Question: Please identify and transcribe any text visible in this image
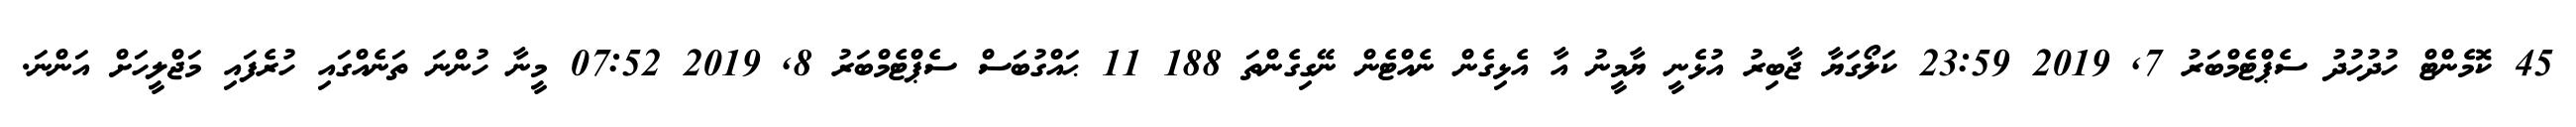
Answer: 45 ކޮމެންޓް ހުދުހުދު ސެޕްޓެމްބަރު 7, 2019 23:59 ކަލޯގަޔާ ޖާބިރު އުޅެނީ ޔާމީނު އާ އެޅިގެން ނެއްޓެން ނޭގިގެންތަ 188 11 ޙައްގުބަސް ސެޕްޓެމްބަރު 8, 2019 07:52 މީނާ ހުންނަ ތަނެއްގައި ހުރެފައި މަޖްލީހަށް އަންނަ.